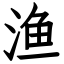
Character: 渔